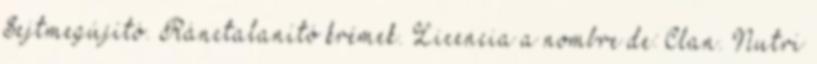
Sejtmegújító. Ránctalanító krémek. Licencia a nombre de: Clan. Nutri